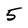
Character: 5